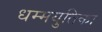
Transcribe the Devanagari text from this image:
धम्मयुतिका